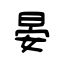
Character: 晏